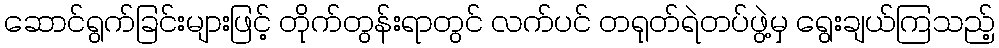
ဆောင်ရွက်ခြင်းများဖြင့် တိုက်တွန်းရာတွင် လက်ပင် တရုတ်ရဲတပ်ဖွဲ့မှ ရွေးချယ်ကြသည့်